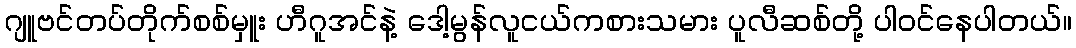
ဂျူဗင်တပ်တိုက်စစ်မှူး ဟီဂူအင်နဲ့ ဒေါ့မွန်လူငယ်ကစားသမား ပူလီဆစ်တို့ ပါဝင်နေပါတယ်။